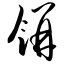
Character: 饼